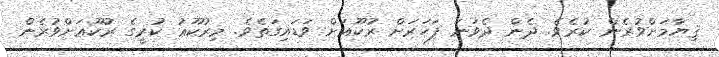
ޤިޔާމަށްވުރެން ކުރެވެ. ދެން ދެވަނަ ފަހަރަށް ރުކޫޢަށް ވަޑައިގަތެވެ. މިރުކޫޢު ކުރީގެ ރުކޫޢަށްވުރެން